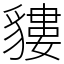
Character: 貗